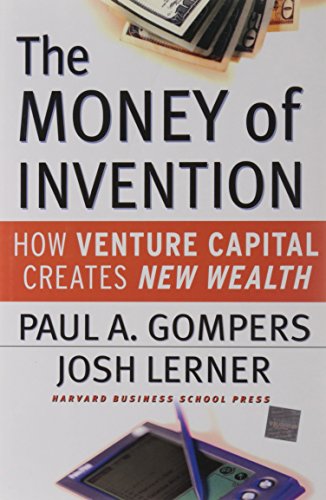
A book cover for The Money of Invention: How Venture Capital Creates New Wealth; Paul A. Gompers; Business & Money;